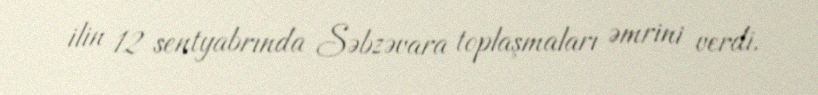
ilin 12 sentyabrında Səbzəvara toplaşmaları əmrini verdi.